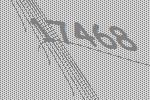
17468